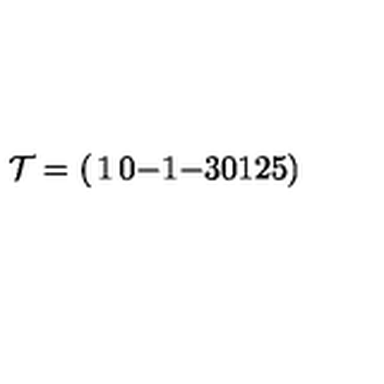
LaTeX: { \cal T } = \left( \begin{matrix} { 1 } & { 0 } & { - 1 } & { - 3 } \\ { 0 } & { 1 } & { 2 } & { 5 } \\ \end{matrix} \right)